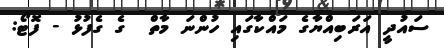
ސައުދީ އަރަބިއްޔާގެ މައްކާގައި ހުންނަ މާތް  ގެ ގެފުޅު - ފޮޓޯ: